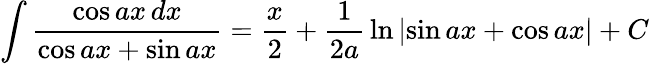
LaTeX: \int{\frac{\cos ax\, dx}{\cos ax+\sin ax}}={\frac{x}{2}}+{\frac{1}{2a}}\ln\left|\sin ax+\cos ax\right|+C